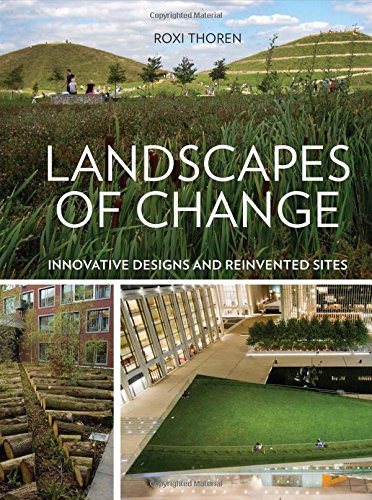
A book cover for Landscapes of Change: Innovative Designs for Reinvented Sites; Roxi Thoren; Arts & Photography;